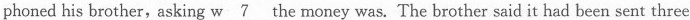
phoned his brother,asking \underline{w 7} the money was. The brother said it had been sent three